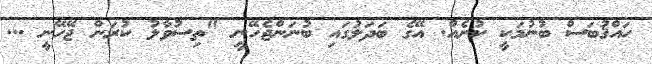
ހައްޤުބަސް ބުނުމަކީ ކުށެއް. އޭގެ ބަދަލުގައި ބުނަންޖެހޭނީ "ތިސުވާލު ކުރަން ޖޭހޭނީ ...